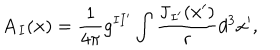
\mathbf { A } _ { I } ( \mathbf { x } ) = \frac { 1 } { 4 \pi } g ^ { I I ^ { \prime } } \int \frac { \mathbf { J } _ { I ^ { \prime } } ( \mathbf { x } ^ { \prime } ) } { r } d ^ { 3 } x ^ { \prime } ,